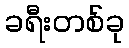
ခရီးတစ်ခု